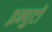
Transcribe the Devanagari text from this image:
इन्पुटों